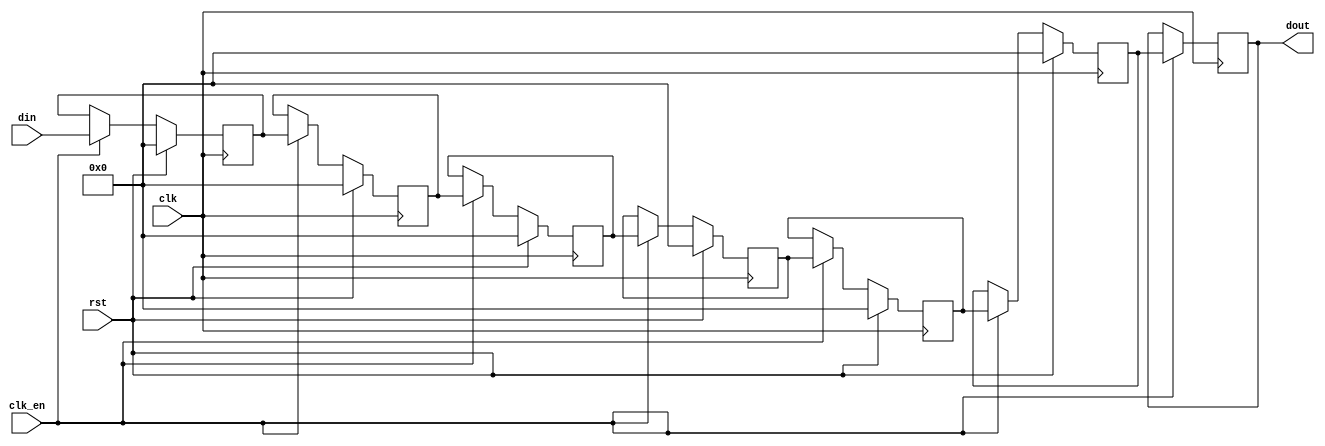
`timescale 1ns / 1ps
//////////////////////////////////////////////////////////////////////////////////
// Company: HIT
// 
// Design Name: 
// Module Name: bram_sd
// Project Name: 
// Target Devices: 
// Tool Versions: 
// Description: simple_dual_ram_one_clock based on block ram
// 
// Dependencies: 
// 
// Revision:
// Revision 0.01 - File Created
// Additional Comments:
// 
//////////////////////////////////////////////////////////////////////////////////
//NOTE the latency in reading and writing processes
module _latency #(
    parameter Latency = 7,
    parameter DATA_Width = 8,
    parameter RST_Enable = 1
)
(
    input clk,rst,clk_en,
    input [DATA_Width-1:0] din,
    output [DATA_Width-1:0] dout 
);
reg [DATA_Width-1:0] _delay [Latency-1:0];
integer i;
always @(posedge clk) begin
    if(clk_en) begin
        for(i=0; i<Latency-1; i=i+1)
            _delay[i+1] <= _delay[i];
        _delay[0] <= din;
    end

    if(RST_Enable) begin
        if(rst) begin
            for(i=0; i<Latency-1; i=i+1)
                _delay[i] <= 0;
        end
    end

end

assign dout = _delay[Latency-1];


endmodule